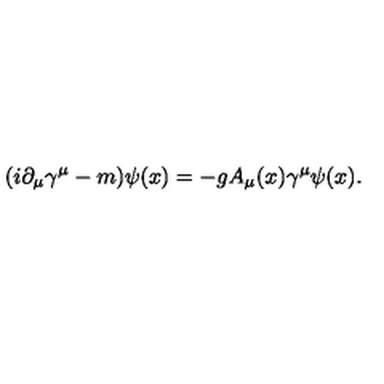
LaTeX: ( i \partial _ { \mu } \gamma ^ { \mu } - m ) \psi ( x ) = - g A _ { \mu } ( x ) \gamma ^ { \mu } \psi ( x ) .